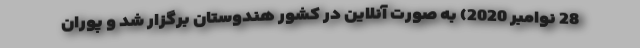
28 نوامبر 2020) به صورت آنلاین در کشور هندوستان برگزار شد و پوران